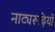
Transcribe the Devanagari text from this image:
नाट्यरूढ़ियों